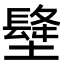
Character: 𡑺